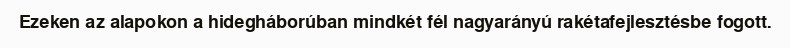
Ezeken az alapokon a hidegháborúban mindkét fél nagyarányú rakétafejlesztésbe fogott.